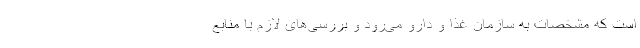
است که مشخصات به سازمان غذا و دارو می‌رود و بررسی‌های لازم با منابع